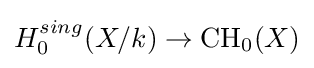
H_{0}^{sing}(X/k)\to {\text{CH}}_{0}(X)